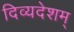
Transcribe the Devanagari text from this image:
दिव्यदेशम्